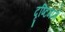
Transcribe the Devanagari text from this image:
दृष्टिमार्ग